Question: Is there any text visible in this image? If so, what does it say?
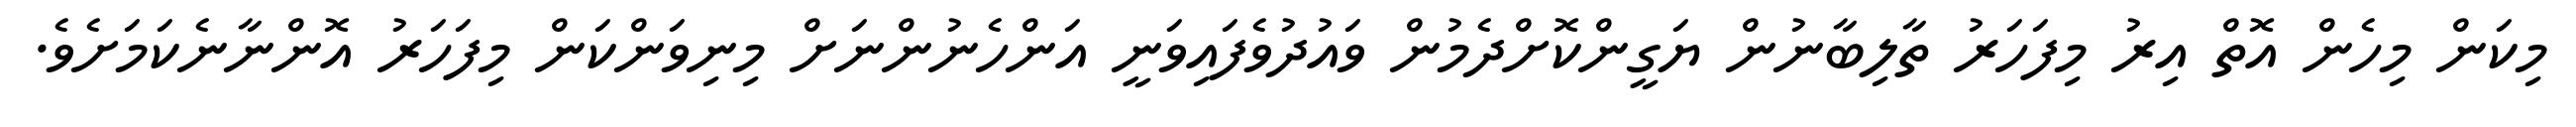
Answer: މިކަން މިހެން އޮތް އިރު މިފަހަރު ތާލިބާނުން ޔަގީންކޮށްދެމުން ވައުދުވެފައިވަނީ އަންހެނުންނަށް މިނިވަންކަން މިފަހަރު އޮންނާނެކަމަށެވެ.